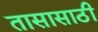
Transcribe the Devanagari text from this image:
तासासाठी